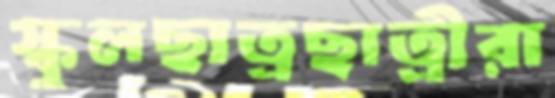
স্কুলছাত্রছাত্রীরা